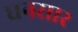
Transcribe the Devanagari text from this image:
घनसार